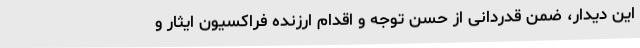
این دیدار، ضمن قدردانی از حسن توجه و اقدام ارزنده فراکسیون ایثار و